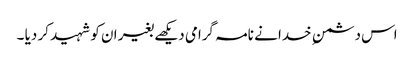
اس دشمن ِ خدا نے نامہ گرامی دیکھے بغیر ان کو شہید کر دیا ۔